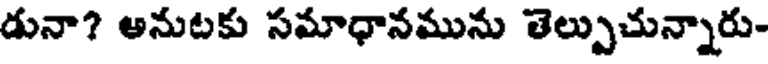
డునా? అనుటకు సమాధానమును తెల్పుచున్నారు-